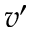
v ^ { \prime }